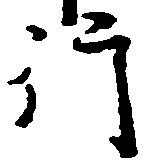
行